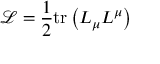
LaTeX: { \mathcal { L } } = { \frac { 1 } { 2 } } \mathrm { t r } \left( L _ { \mu } L ^ { \mu } \right)